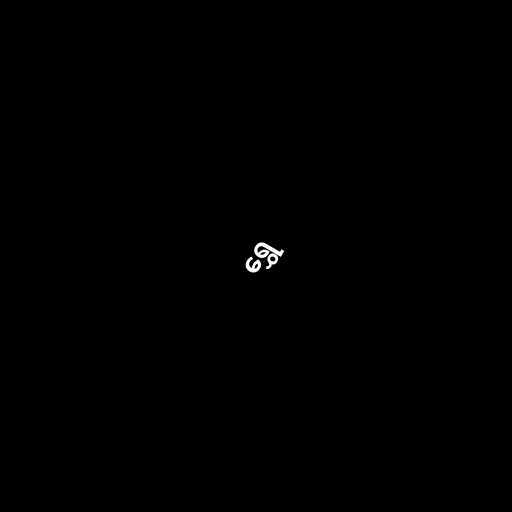
ရွှေ